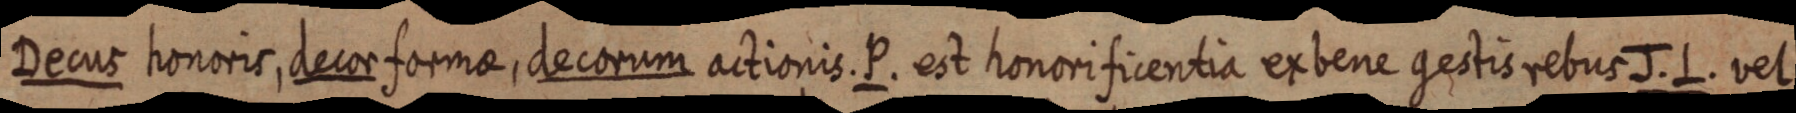
Decus honoris, decor formae, decorum actionis. P. est honori ficentia ex bene gestis rebus J. L. vel